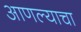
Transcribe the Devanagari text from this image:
आणल्याचा